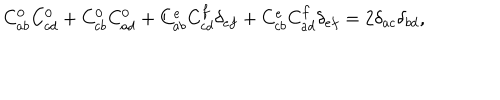
LaTeX: C _ { a b } ^ { 0 } C _ { c d } ^ { 0 } + C _ { c b } ^ { 0 } C _ { a d } ^ { 0 } + C _ { a b } ^ { e } C _ { c d } ^ { f } \delta _ { e f } + C _ { c b } ^ { e } C _ { a d } ^ { f } \delta _ { e f } = 2 \delta _ { a c } \delta _ { b d } ,